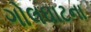
ગોલઘાટના